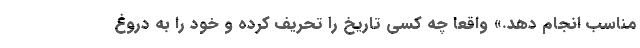
مناسب انجام دهد.» واقعاً چه کسی تاریخ را تحریف کرده و خود را به دروغ